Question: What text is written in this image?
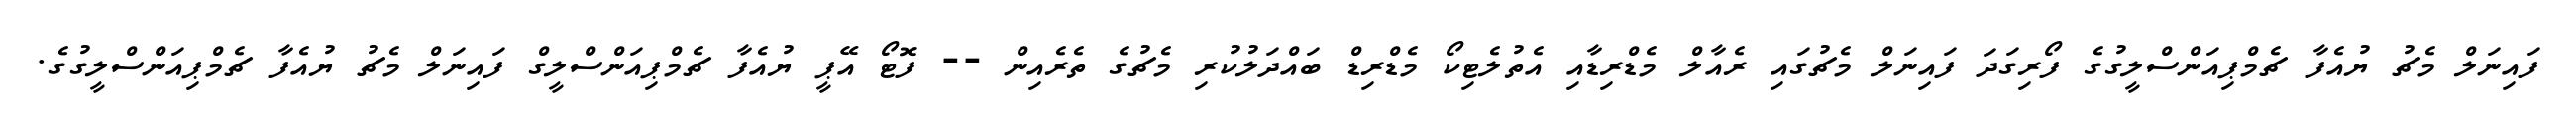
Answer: ފައިނަލް މެޗު ޔުއެފާ ޗެމްޕިއަންސްލީގުގެ ފޯރިގަދަ ފައިނަލް މެޗުގައި ރެއާލް މެޑްރިޑާއި އެތުލެޓިކޯ މެޑްރިޑް ބައްދަލުކުރި މެޗުގެ ތެރެއިން -- ފޮޓޯ އޭޕީ ޔުއެފާ ޗެމްޕިއަންސްލީގް ފައިނަލް މެޗު ޔުއެފާ ޗެމްޕިއަންސްލީގުގެ.